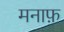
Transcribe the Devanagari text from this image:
मनाफ़